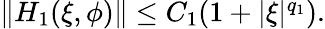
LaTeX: \begin{array}{r}{\| H_{1}(\xi,\phi)\| \le C_{1}(1+|\xi|^{q_{1}}).}\end{array}